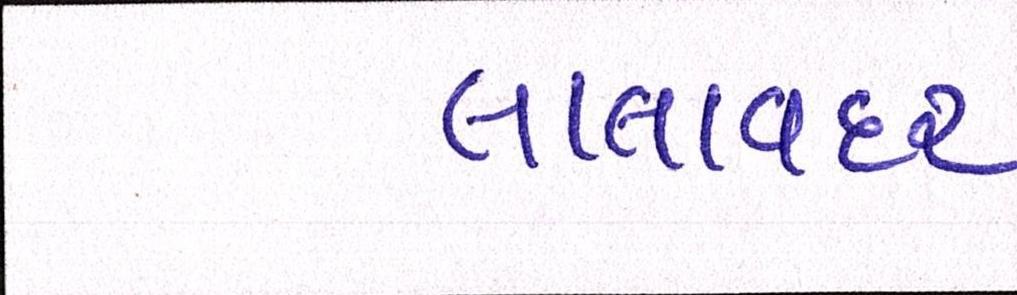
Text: લાલાવદર